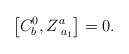
\begin{align*}\left[ C_b^0,Z_{\;a_1}^a\right] =0.\end{align*}